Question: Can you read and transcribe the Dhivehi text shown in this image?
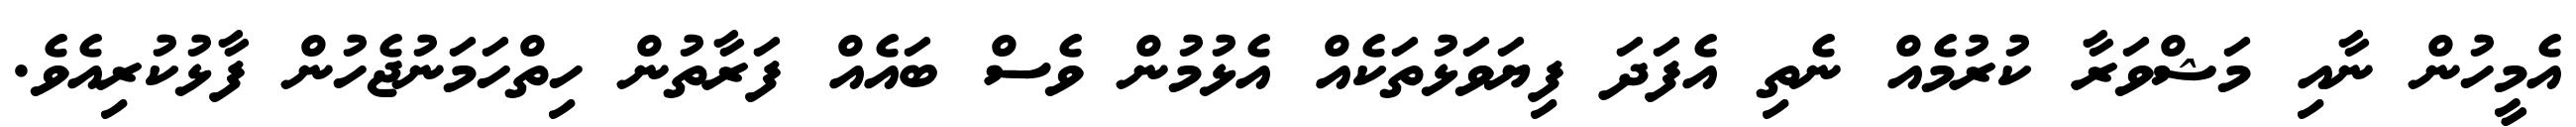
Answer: އެމީހުން ނާއި މަޝްވަރާ ކުރުމެއް ނެތި އެފަދަ ފިޔަވަޅުތަކެއް އެޅުމުން ވެސް ބައެއް ފަރާތުން ހިތްހަމަނުޖެހުން ފާޅުކުރިއެވެ.